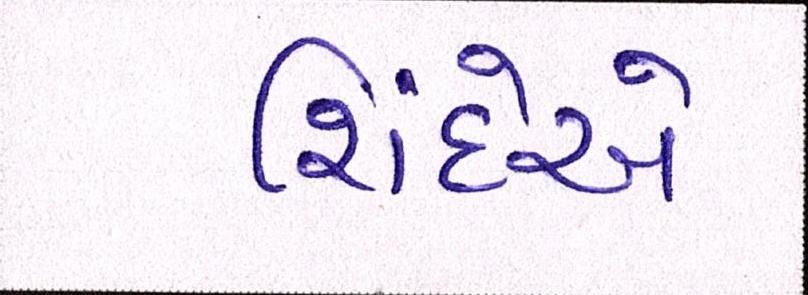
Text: શિંદેએ